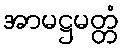
အာမဋ္ဌမတ္တံ